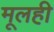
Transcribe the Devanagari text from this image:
मूलही